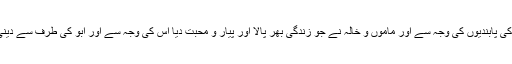
..... میرا سوال یہ ہے کہ میرے ابو بولتے ہیں کہ میرے پاس آجاؤ لیکن ان کی پابندیوں کی وجہ سے اور ماموں و خالہ نے جو زندگی بھر پالا اور پیار و محبت دیا اس کی وجہ سے اور ابو کی طرف سے دینی پابندیوں کی وجہ سے میرا دل نہیں چاہتا ان لوگوں کو چھوڑ کر جانے کا۔